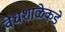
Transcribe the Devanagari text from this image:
वेधशाळेकडे